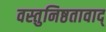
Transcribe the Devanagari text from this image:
वस्तुनिष्ठतावाद्